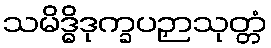
သမိဒ္ဓိဒုက္ခပဉှာသုတ္တံ